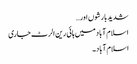
شدید بارشوں اور…
اسلام آباد میں ہائی رین الرٹ جاری
اسلام آباد۔